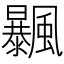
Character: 𩙕